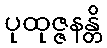
ပုထုဇ္ဇနန္တိ